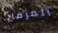
المزمار